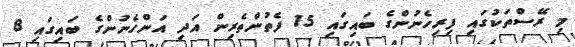
މި ރޭސްތަކުގައި ފިރިހެނުންގެ ބައިގައި 15 ފެތުންތެރިން އަދި އަންހެނުންގެ ބައިގައި 8